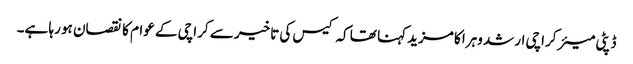
ڈپٹی میئر کراچی ارشد وہرا کا مزید کہنا تھا کہ کیس کی تاخیر سے کراچی کے عوام کا نقصان ہو رہا ہے۔